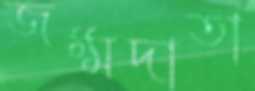
জম্মদাতা